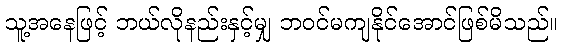
သူ့အနေဖြင့် ဘယ်လိုနည်းနှင့်မျှ ဘဝင်မကျနိုင်အောင်ဖြစ်မိသည်။